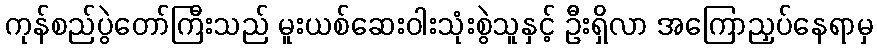
ကုန်စည်ပွဲတော်ကြီးသည် မူးယစ်ဆေးဝါးသုံးစွဲသူနှင့် ဦးရှိလာ အကြောညှပ်နေရာမှ